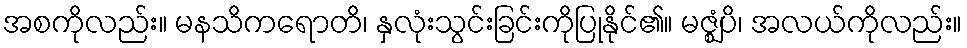
အစကိုလည်း။ မနသိကရောတိ၊ နှလုံးသွင်းခြင်းကိုပြုနိုင်၏။ မဇ္ဈံပိ၊ အလယ်ကိုလည်း။